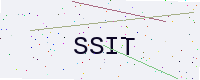
Text: SSIT